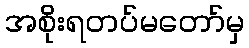
အစိုးရတပ်မတော်မှ